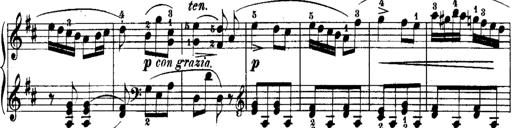
Title: Rondos and Sonatinas for Pianoforte
Composer: Daniel Steibelt